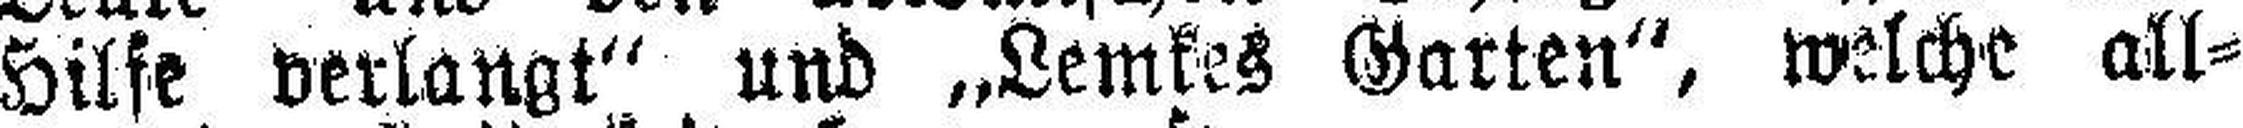
Hilfe verlangt“ und „Lemkes Garten“, welche all¬